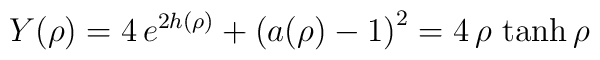
Y(\rho) = 4 \,e^{2 h(\rho)} + \left( a(\rho) -1\right)^2 = 4 \,\rho\,\tanh \rho \quad